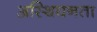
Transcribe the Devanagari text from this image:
अस्थिघनता